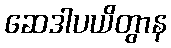
ဆေဒါပယိတွာန